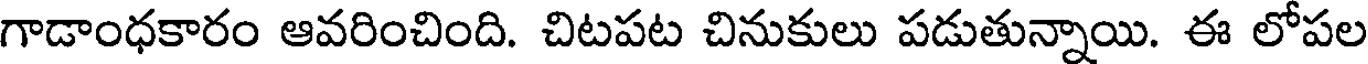
గాడాంధకారం ఆవరించింది. చిటపట చినుకులు పడుతున్నాయి. ఈ లోపల